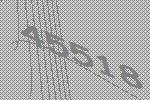
45518